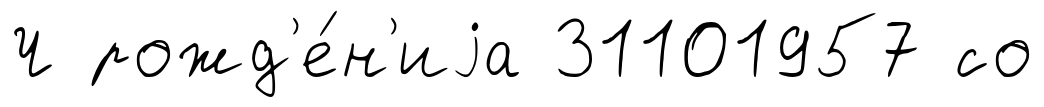
Ч рожд'е́н'иjа 31101957 со